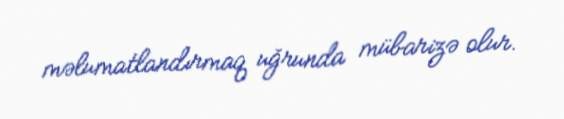
məlumatlandırmaq uğrunda mübarizə olur.